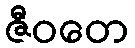
ဇီဝတေ